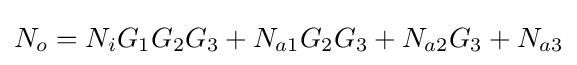
N_{o}=N_{i}G_{1}G_{2}G_{3}+N_{a1}G_{2}G_{3}+N_{a2}G_{3}+N_{a3}